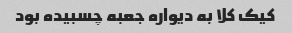
کیک کلا به دیواره جعبه چسبیده بود